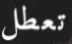
تعطل